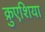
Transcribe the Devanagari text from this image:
क्रुएशिया